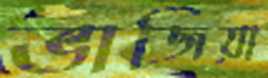
ভাজিয়া